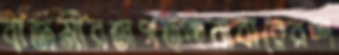
বাজমীরজগত্পারাবারেরশ